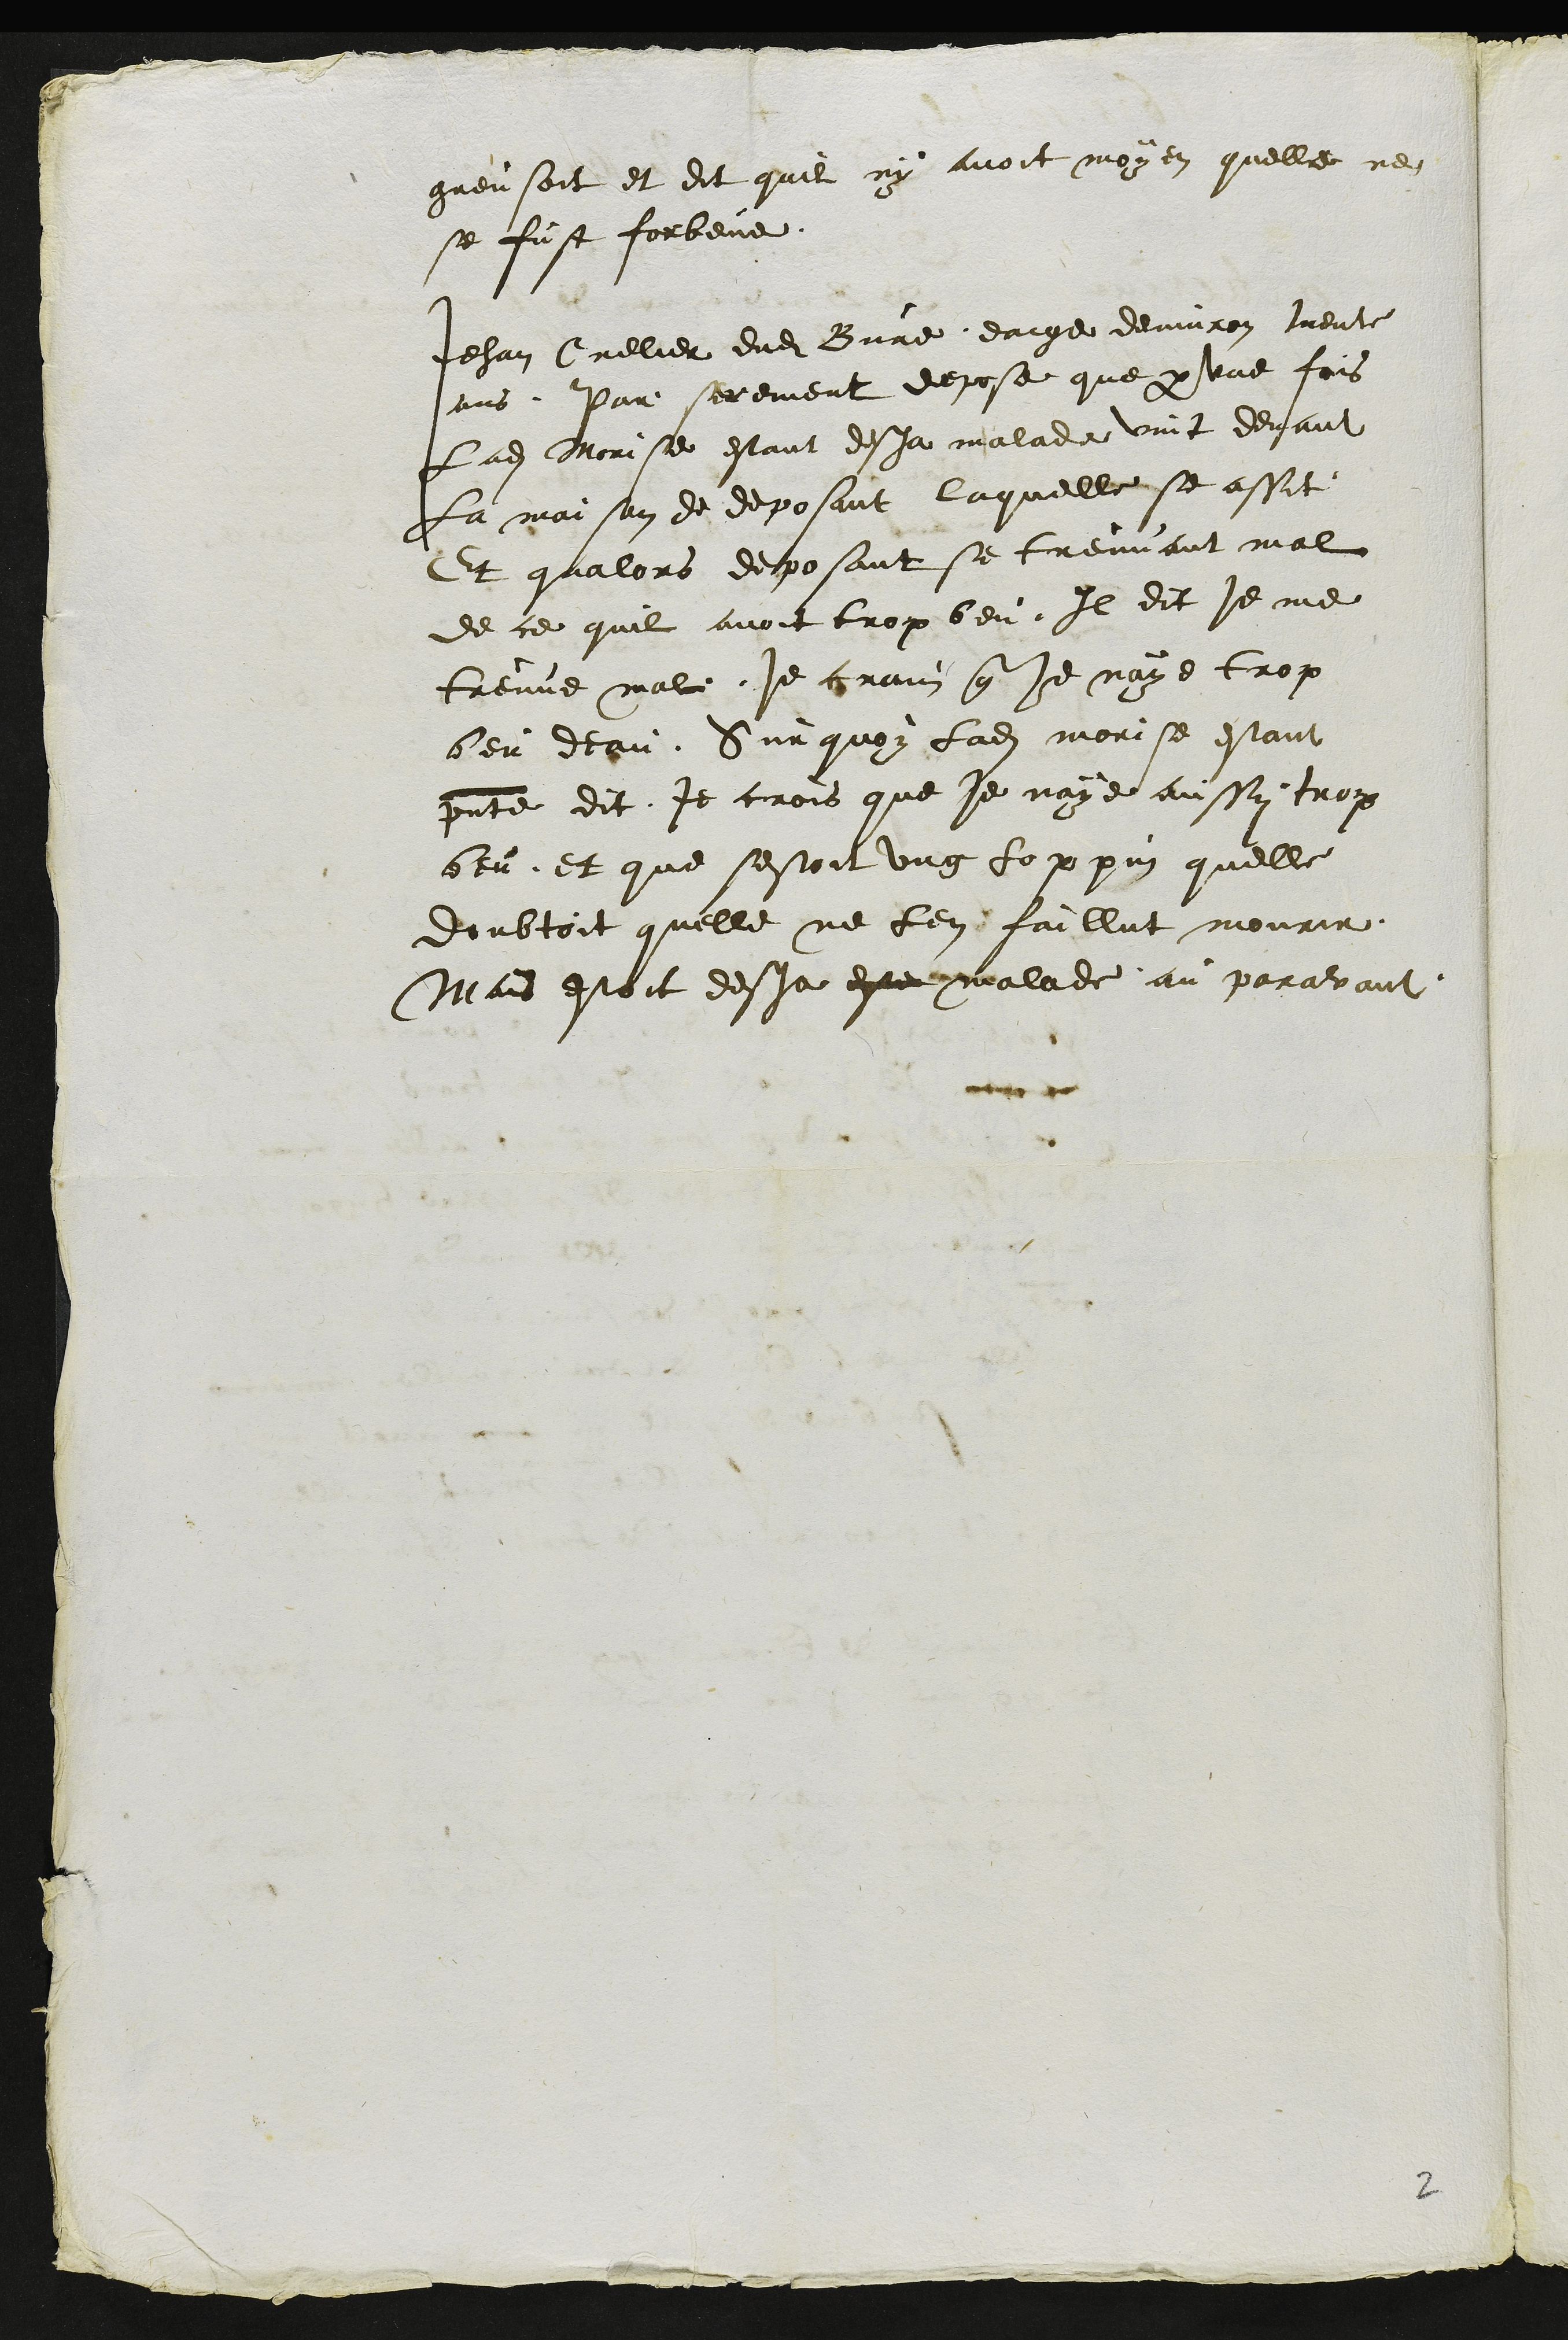
greusoit et dit quil ny avoit moyen quelle ne
se fust forbeue.
Jehan Crelier dudit Bure eaige devinon trente
ans Par serement depose que par une fois
Ladite Morise estant desja malade vint devant
la maison de deposant laquelle se assit
Et qualors deposant se treuvant mal
de ce quil avoit trop beu Il dit je me
treuve mal je crain que je naye trop
beu deau Sur quoy ladite morise estant
presente dit Je crois que je naye aussy trop
beu et que sestoit ung loppin quelle
doubtoit quelle ne len faillut mourir
Mais estoit desja este malade au paravant